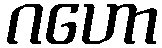
ဂဟော